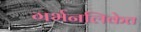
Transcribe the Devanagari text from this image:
गर्भनलिकेत